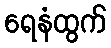
ရေနံထွက်